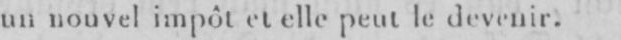
un nouvel impôt le elle peut le devenir.